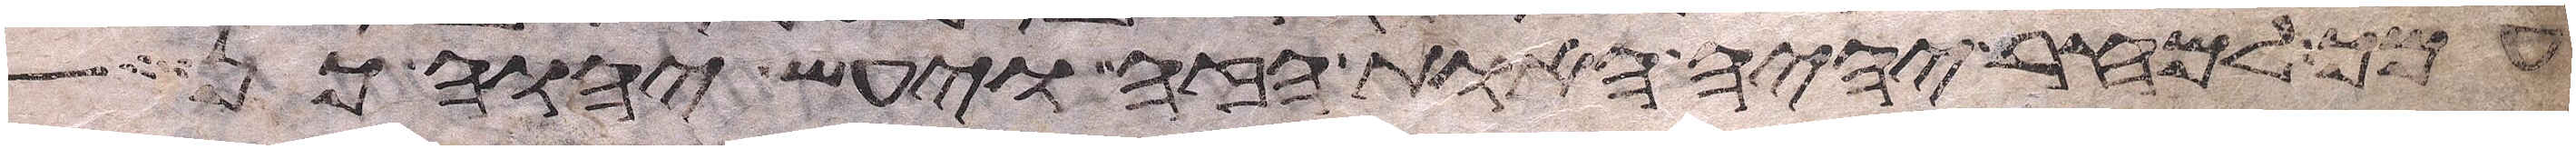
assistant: עמך למחר יהיה האות הזה ויעש יהוה כן